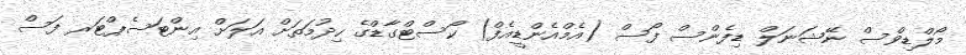
މޯލްޑިވްސް ނޭޝަނަލް ޑިފެންސް ފޯސް (އެމްއެންޑީއެފް) ކޯސްޓްގާޑްގެ ހިދުމަތަށް އަލަށް އިންޓަސެޕްޓަރ ފަސް